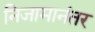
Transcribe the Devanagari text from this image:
निजामानंतर